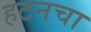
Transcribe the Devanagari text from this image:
हटनचा